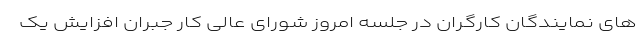
های نمایندگان کارگران در جلسه امروز شورای عالی کار جبران افزایش یک